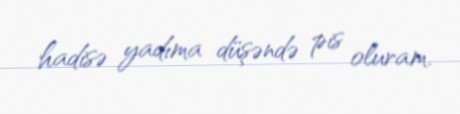
hadisə yadıma düşəndə pis oluram.